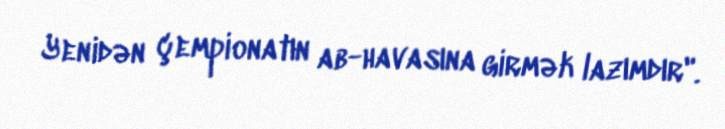
Yenidən çempionatın ab-havasına girmək lazımdır".